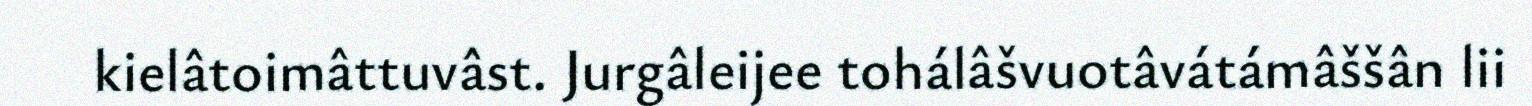
kielâtoimâttuvâst. Jurgâleijee tohálâšvuotâvátámâššân lii